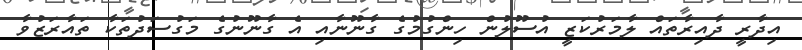
އިދާރީ ދާއިރާތައް ލާމަރުކަޒީ އުސޫލުން ހިންގުމުގެ ގާނޫނާއި އެ ގާނޫނުގެ މަގުސަދުތަކާ ތައާރަޒުވާ